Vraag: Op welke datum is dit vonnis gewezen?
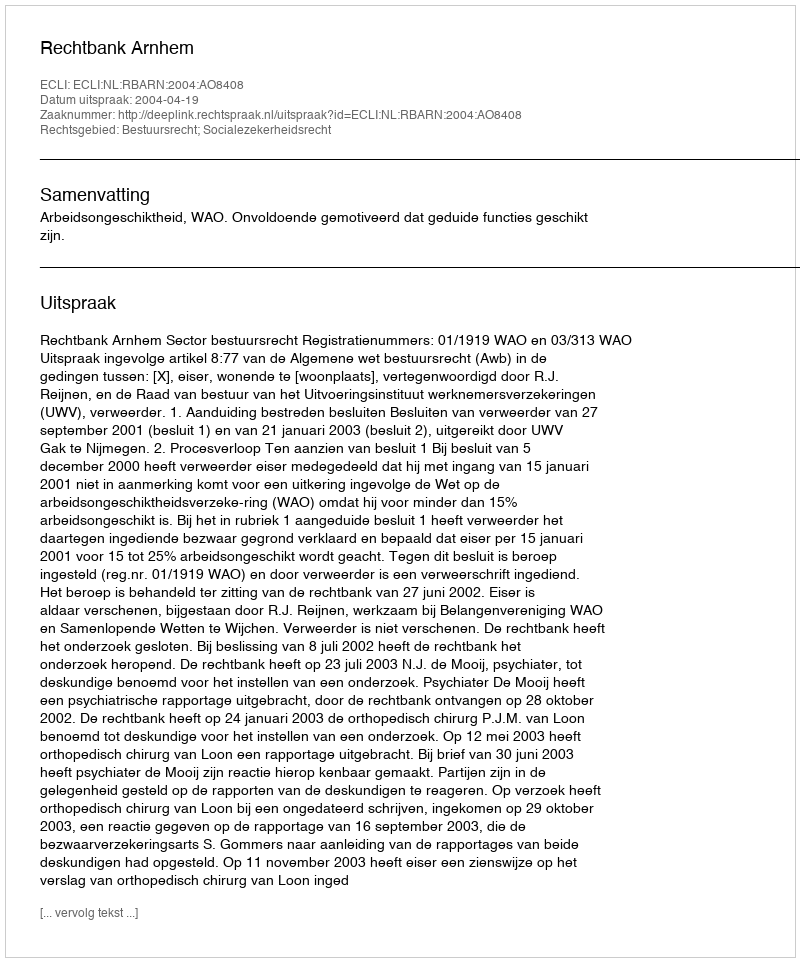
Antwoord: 2004-04-19